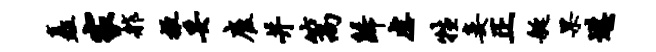
矗家舴掖妥雇并篙归虐牲妾正艇果堪